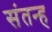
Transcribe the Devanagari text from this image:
संतन्ह